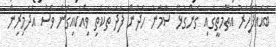
ބައެއްފަހަރު އަތްމަތީގައި ގެންގުޅޭ ސާމާނު ހެދުން ފަދަ ތަކެތި ވިއްކައިގެން ވެސް އެދަމިރިން